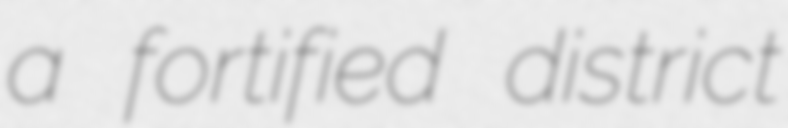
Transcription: a fortified district